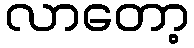
လာတော့